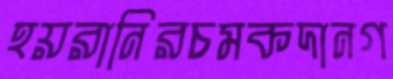
হয়রানিরচমকদানগ